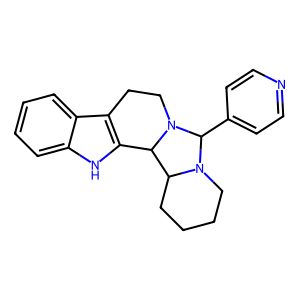
SMILES: c1ccc2c3c([nH]c2c1)C1C2CCCCN2C(c2ccncc2)N1CC3
Inhibits HIV replication: No